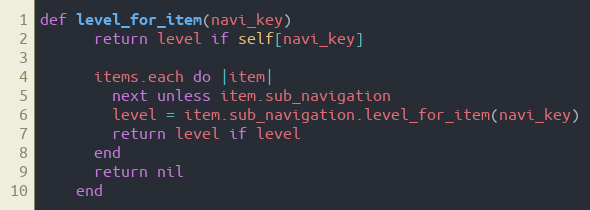
Language: Ruby
def level_for_item(navi_key)
      return level if self[navi_key]

      items.each do |item|
        next unless item.sub_navigation
        level = item.sub_navigation.level_for_item(navi_key)
        return level if level
      end
      return nil
    end